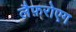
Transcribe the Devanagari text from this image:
लैफ़रोएग